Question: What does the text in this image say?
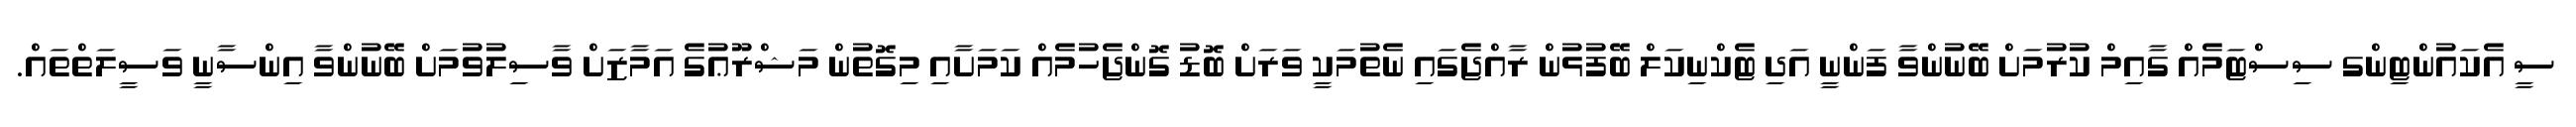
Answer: ސީ އެކައުންޓިންގ ސިސްޓަމެއް ގާއިމް ކުރުމަށް ބޭނުންވާ ފަންނީ އަދި ޓެކްނިކަލް ބޭފުޅުން ރާއްޖެގައި ނެތުމަކީ ވަރަށް ބޮޑު ގޮންޖެހުމެއް ކަމަށާއި މިގޮތުން މަޝްރޫޢުގެ އަމާޒަށް ވާސިލުވުމަށް ބޭނުންވާ އިންސާނީ ވަސީލަތްތައް.